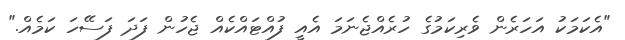
"އެކަމަކު އަހަރެން ވެރިކަމުގެ ހުރެއްޖެނަމަ އެއީ ފުއްޓައްކެއް ޖެހުން ފަދަ ފަސޭހަ ކަމެއް."